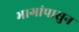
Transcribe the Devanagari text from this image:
भागांपासुन